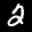
Label: 2